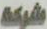
شركة